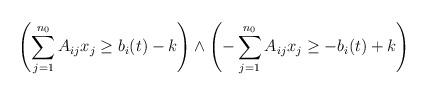
LaTeX: \begin{align*} \left( \sum_{j=1}^{n_0} A_{ij} x_j \ge b_i(t) - k \right) \wedge \left( - \sum_{j=1}^{n_0} A_{ij} x_j \ge - b_i(t) + k\right) \end{align*}